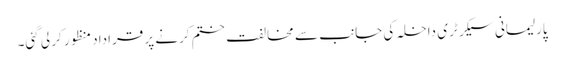
پارلیمانی سیکرٹری داخلہ کی جانب سے مخالفت ختم کرنے پر قراداد منظور کر لی گئی۔